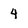
Character: 4